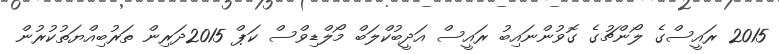
2015 ރައީސްގެ ލޯންޗުގެ ގޮވުންނައިބު ރައީސް އަދީބުކްލަބް މޯލްޑިވްސް ކަޕް 2015ދަރިން ތަރުބިއްޔަތުކުރުން